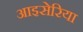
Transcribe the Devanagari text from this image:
आइसेरिया